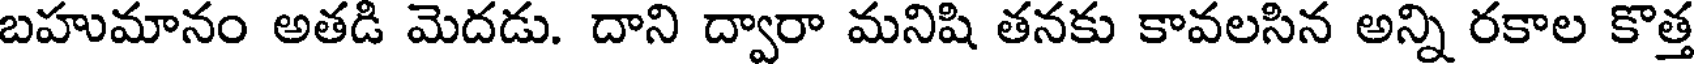
బహుమానం అతడి మెదడు. దాని ద్వారా మనిషి తనకు కావలసిన అన్ని రకాల కొత్త